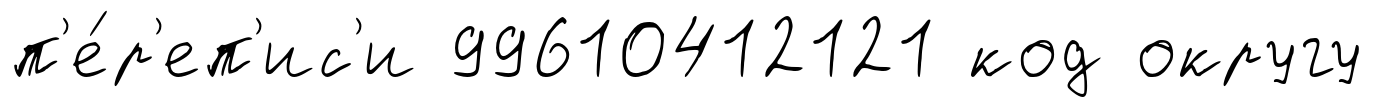
п'е́р'еп'ис'и 99610412121 код округу